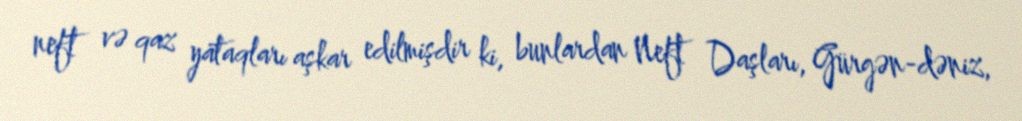
neft və qaz yataqları aşkar edilmişdir ki, bunlardan Neft Daşları, Gürgən-dəniz,